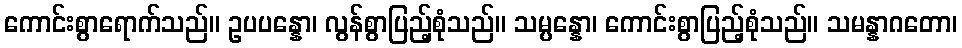
ကောင်းစွာရောက်သည်။ ဥပပန္နော၊ လွန်စွာပြည့်စုံသည်။ သမ္ပန္နော၊ ကောင်းစွာပြည့်စုံသည်။ သမန္နာဂတော၊